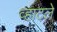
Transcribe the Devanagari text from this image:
व्हाटले